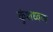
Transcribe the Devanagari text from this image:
कुंशध्वज